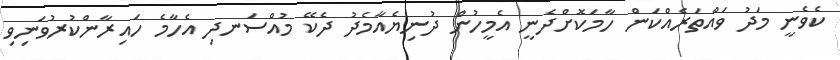
ކެވެނީ މަދު ވައްތަރެއްކަން ހާމަކޮށްދެނީ އެމީހުން ދުނިޔެއާމެދު ދެކޭ މުއްސަނދި އެހާމެ ހައިރާންކުރުވަނިވި